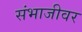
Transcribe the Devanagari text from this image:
संभाजीवर